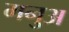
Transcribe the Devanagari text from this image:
मनुअ